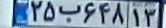
۲۵ب۶۴۸۱۳